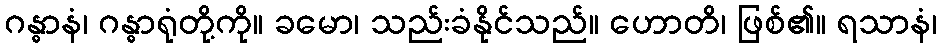
ဂန္ဓာနံ၊ ဂန္ဓာရုံတို့ကို။ ခမော၊ သည်းခံနိုင်သည်။ ဟောတိ၊ ဖြစ်၏။ ရသာနံ၊